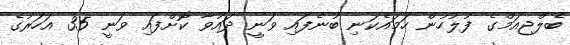
ބެލްޖިއަމްގެ ފުލުހުން ހަމައެކަނި ބުނެފައި ވަނީ ދައުވާ ކޮށްފައި ވަނީ 35 އަހަރުގެ